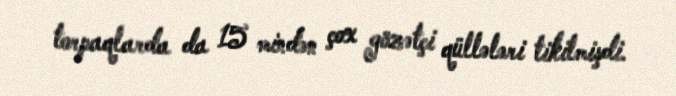
torpaqlarda da 15 mindən çox gözətçi qüllələri tikilmişdi.